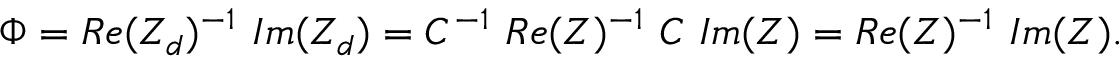
\Phi = R e ( Z _ { d } ) ^ { - 1 } ~ I m ( Z _ { d } ) = C ^ { - 1 } ~ R e ( Z ) ^ { - 1 } ~ C ~ I m ( Z ) = R e ( Z ) ^ { - 1 } ~ I m ( Z ) .